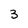
Character: 3